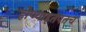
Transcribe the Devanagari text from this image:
होण्याइतपतच